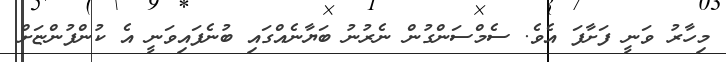
މިހާރު ވަނީ ފަށާފަ އެވެ. ސެމްސަންގުން ނެރުނު ބަޔާނެއްގައި ބުނެފައިވަނީ އެ ކުންފުންޏަށް